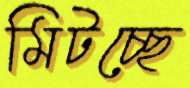
মিটচ্ছে